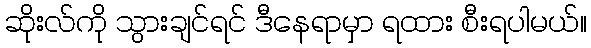
ဆိုးလ်ကို သွားချင်ရင် ဒီနေရာမှာ ရထား စီးရပါမယ်။